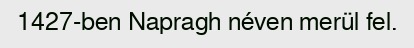
1427-ben Napragh néven merül fel.